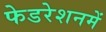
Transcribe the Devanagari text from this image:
फेडरेशनमें